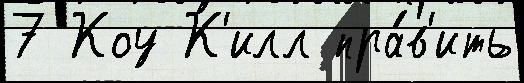
7 Коу К'илл пра́в'ить